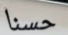
حسنا